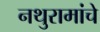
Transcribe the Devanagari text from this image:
नथुरामांचे